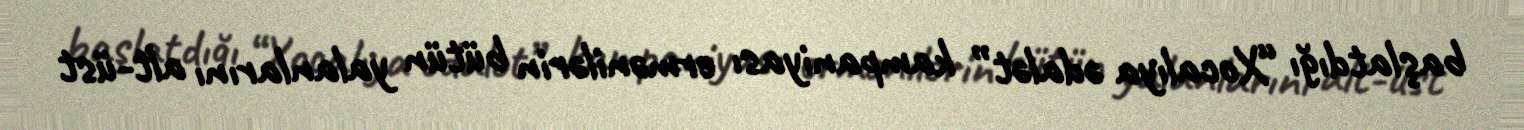
başlatdığı “Xocalıya ədalət” kampaniyası ermənilərin bütün yalanlarını alt-üst